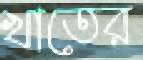
খাতের